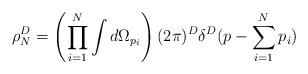
\begin{align*}\rho_N^D = \left(\prod_{i=1}^N\int d\Omega_{p_i}\right)(2\pi)^D\delta^D (p-\sum_{i=1}^N p_i)\end{align*}